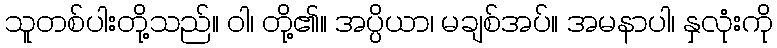
သူတစ်ပါးတို့သည်။ ဝါ၊ တို့၏။ အပ္ပိယာ၊ မချစ်အပ်။ အမနာပါ၊ နှလုံးကို